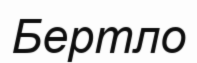
Бертло